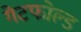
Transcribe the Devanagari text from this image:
गेटफोल्ड